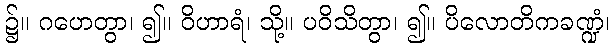
၌။ ဂဟေတွာ၊ ၍။ ဝိဟာရံ၊ သို့။ ပဝိသိတွာ၊ ၍။ ပိလောတိကခဏ္ဍံ၊